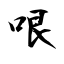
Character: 哏